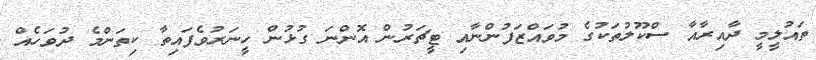
ތައުލީމީ ދާއިރާއާ ސްކޫލުތަކުގެ މުވައްޒަފުންނާއި ޓީޗަރުން އޮންނަ ގުޅުން ހީނަރުވެފައިތާ ކިތަންމެ ދުވަހެއް